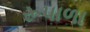
રૂપાળા